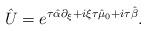
LaTeX: \begin{align*}\hat{U} = e^{\tau\hat{\alpha} \partial_{\xi} + i\xi \tau \hat{\mu}_{0} + i\tau \hat{\beta}}.\end{align*}